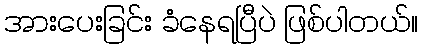
အားပေးခြင်း ခံနေရပြီပဲ ဖြစ်ပါတယ်။